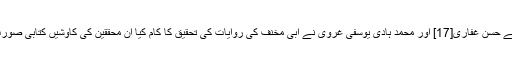
اخیرا معاصرین میں سے حسن غفاری[17] اور محمد ہادی یوسفی غروی نے ابی مخنف کی روایات کی تحقیق کا کام کیا ان محققین کی کاوشیں کتابی صورت میں چاپ ہوئی ہیں ۔